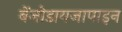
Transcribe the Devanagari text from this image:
बेंजोडायजापाइन